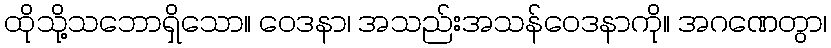
ထိုသို့သဘောရှိသော။ ဝေဒနာ၊ အသည်းအသန်ဝေဒနာကို။ အဂဏေတွာ၊